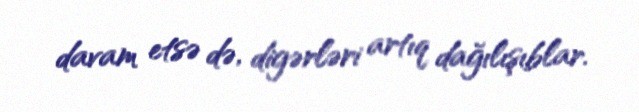
davam etsə də, digərləri artıq dağılışıblar.